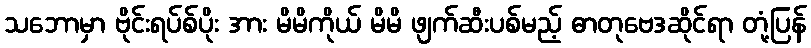
သဘောမှာ ဗိုင်းရပ်စ်ပိုး အား မိမိကိုယ် မိမိ ဖျက်ဆီးပစ်မည့် ဓာတုဗေဒဆိုင်ရာ တုံ့ပြန်